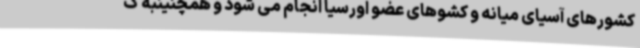
کشورهای آسیای میانه و کشوهای عضو اورسیا انجام می شود و همچنینبه ک